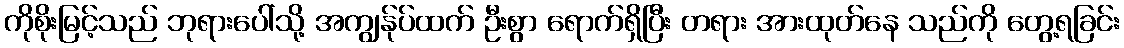
ကိုစိုးမြင့်သည် ဘုရားပေါ်သို့ အကျွန်ုပ်ထက် ဦးစွာ ရောက်ရှိပြီး တရား အားထုတ်နေ သည်ကို တွေ့ရခြင်း